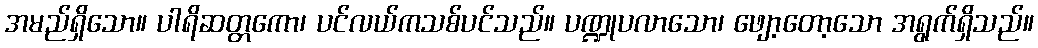
အမည်ရှိသော။ ပါရိဆတ္တကော၊ ပင်လယ်ကသစ်ပင်သည်။ ပဏ္ဍုပလာသော၊ ဖျော့တော့သော အရွက်ရှိသည်။